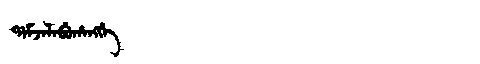
Manchu: ᡩᠠᠮᠵᠠᠯᠠᠪᡠᡥᠠᠩᡤᡝ
Romanization: DAMJALABUHANGGE